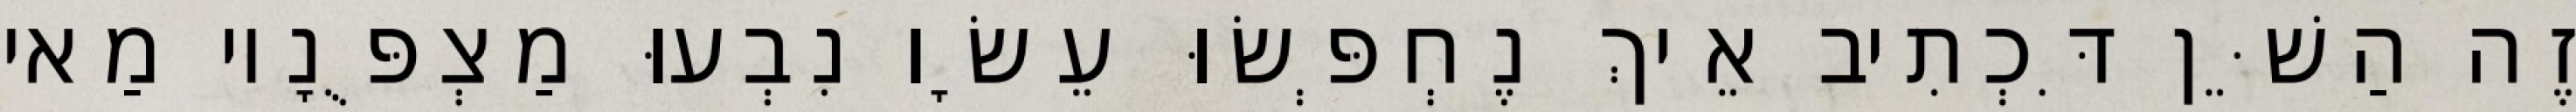
זֶה הַשֵּׁן דִּכְתִיב אֵיךְ נֶחְפְּשׂוּ עֵשָׂו נִבְעוּ מַצְפֻּנָיו מַאי